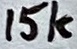
Text: 15k